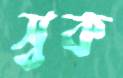
স্বক